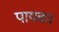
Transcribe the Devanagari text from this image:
पायका